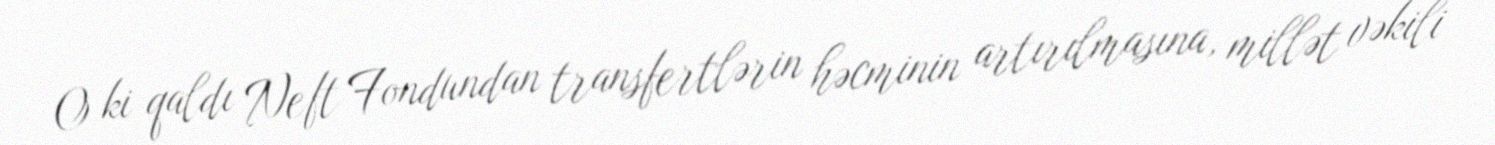
O ki qaldı Neft Fondundan transfertlərin həcminin artırılmasına, millət vəkili